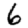
Digit: 6